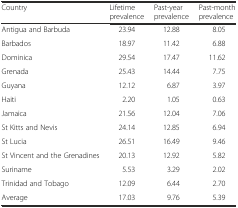
<table><thead><tr><td><b>Country</b></td><td><b>Lifetime prevalence</b></td><td><b>Past-year prevalence</b></td><td><b>Past-month prevalence</b></td></tr></thead><tbody><tr><td>Antigua and Barbuda</td><td>23.94</td><td>12.88</td><td>8.05</td></tr><tr><td>Barbados</td><td>18.97</td><td>11.42</td><td>6.88</td></tr><tr><td>Dominica</td><td>29.54</td><td>17.47</td><td>11.62</td></tr><tr><td>Grenada</td><td>25.43</td><td>14.44</td><td>7.75</td></tr><tr><td>Guyana</td><td>12.12</td><td>6.87</td><td>3.97</td></tr><tr><td>Haiti</td><td>2.20</td><td>1.05</td><td>0.63</td></tr><tr><td>Jamaica</td><td>21.56</td><td>12.04</td><td>7.06</td></tr><tr><td>St Kitts and Nevis</td><td>24.14</td><td>12.85</td><td>6.94</td></tr><tr><td>St Lucia</td><td>26.51</td><td>16.49</td><td>9.46</td></tr><tr><td>St Vincent and the Grenadines</td><td>20.13</td><td>12.92</td><td>5.82</td></tr><tr><td>Suriname</td><td>5.53</td><td>3.29</td><td>2.02</td></tr><tr><td>Trinidad and Tobago</td><td>12.09</td><td>6.44</td><td>2.70</td></tr><tr><td>Average</td><td>17.03</td><td>9.76</td><td>5.39</td></tr></tbody></table>